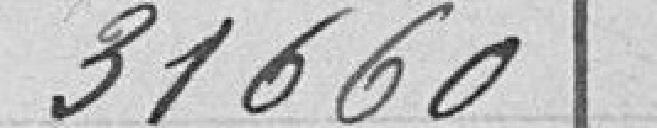
31 660